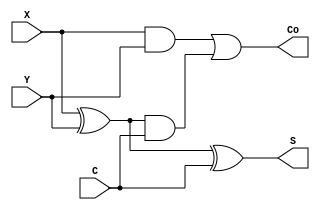
`timescale 1ns / 1ps
//////////////////////////////////////////////////////////////////////////////////
// Company: 
// Engineer: 
// 
// Design Name: 
// Module Name:    FullAdder 
// Project Name: 
// Target Devices: 
// Tool versions: 
// Description: 
//
// Dependencies: 
//
// Revision: 
// Revision 0.01 - File Created
// Additional Comments: 
//
//////////////////////////////////////////////////////////////////////////////////
module FullAdder(
   output S,
	output Co,
	input X,
	input Y,
	input C   
 );

assign S = X^Y^C;
assign Co = ((X&Y)| (X^Y)&C);

endmodule